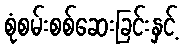
စုံစမ်းစစ်ဆေးခြင်းနှင့်